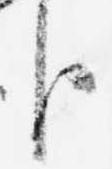
臣